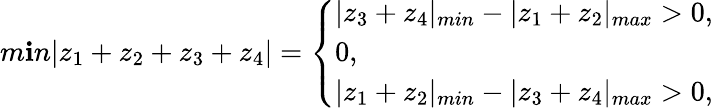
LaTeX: m\mathbf{i}n|z_{1}+z_{2}+z_{3}+z_{4}|=\left\{ \begin{array}{l}{{|z_{3}+z_{4}|_{min}-|z_{1}+z_{2}|_{max}>0,}}\\ {{0,}}\\ {{|z_{1}+z_{2}|_{min}-|z_{3}+z_{4}|_{max}>0,}}\end{array}\right.